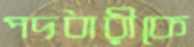
পদধারীকে